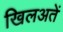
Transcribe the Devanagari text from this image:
खिलअतें